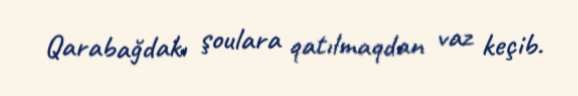
Qarabağdakı şoulara qatılmaqdan vaz keçib.